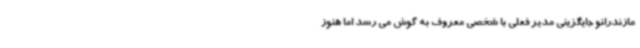
مازندرانو جایگزینی مدیر فعلی با شخصی معروف به گوش می رسد اما هنوز